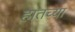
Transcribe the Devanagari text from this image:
हातच्या